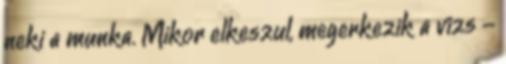
neki a munka. Mikor elkeszul, megerkezik a vizs -